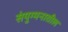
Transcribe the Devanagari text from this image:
संयुग्मनातील